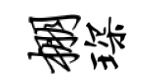
棚琛